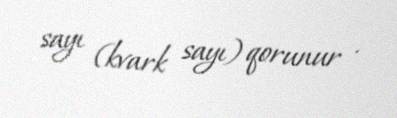
sayı (kvark sayı) qorunur .